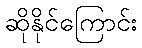
ဆိုနိုင်ကြောင်း